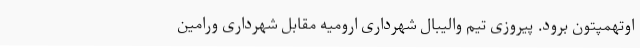
اوتهمپتون برود. پیروزی تیم والیبال شهرداری ارومیه مقابل شهرداری ورامین